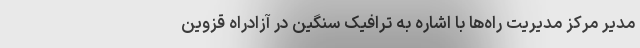
مدیر مرکز مدیریت راه‌ها با اشاره به ترافیک سنگین در آزادراه قزوین